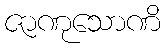
ဇာဏုသောဏိ